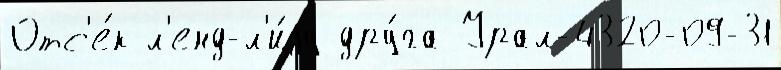
Отс'е́к л'енд-л'и́зу дру́га Урал-4320-09-31